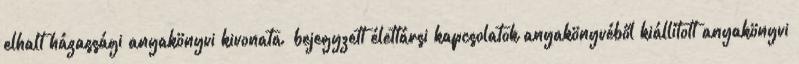
elhalt házassági anyakönyvi kivonata bejegyzett élettársi kapcsolatok anyakönyvéből kiállított anyakönyvi